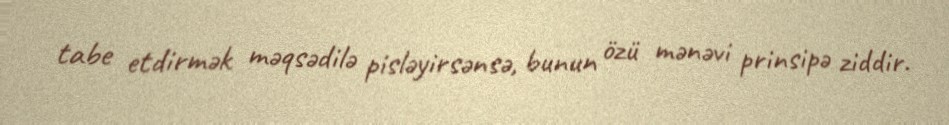
tabe etdirmək məqsədilə pisləyirsənsə, bunun özü mənəvi prinsipə ziddir.